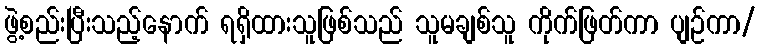
ဖွဲ့စည်းပြီးသည့်နောက် ရရှိထားသူဖြစ်သည် သူမချစ်သူ ကိုက်ဖြတ်ကာ ပျဉ်ကာ/